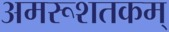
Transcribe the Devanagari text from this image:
अमरूशतकम्